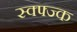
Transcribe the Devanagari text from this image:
स्क्फ्ज्क